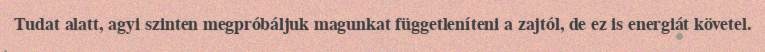
Tudat alatt, agyi szinten megpróbáljuk magunkat függetleníteni a zajtól, de ez is energiát követel.